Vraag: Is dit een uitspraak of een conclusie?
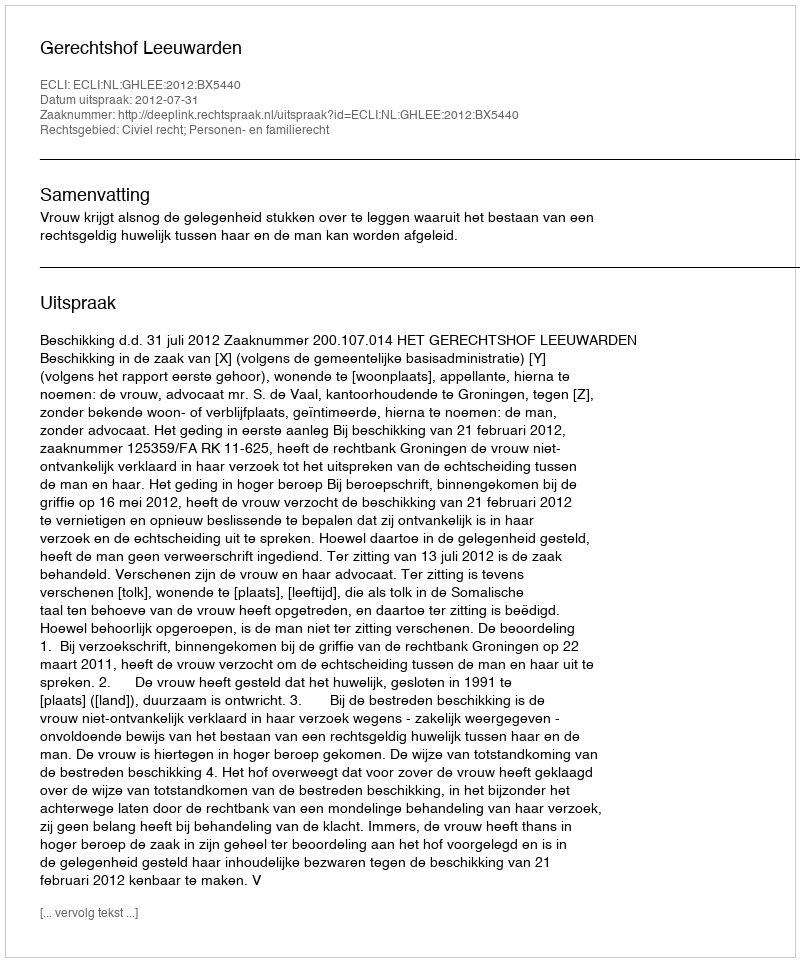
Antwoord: Uitspraak